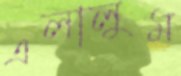
এলালুম